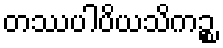
တဿပါပိယသိကဉ္စ